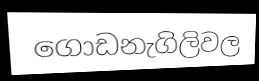
ගොඩනැගිලිවල